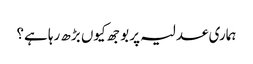
ہماری عدلیہ پر بوجھ کیوں بڑھ رہا ہے؟